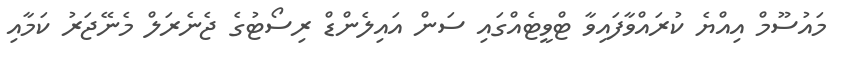
މައުސޫމް އިއްޔެ ކުރައްވާފައިވާ ޓްވީޓެއްގައި ސަން އައިލެންޑް ރިސޯޓުގެ ޖެނެރަލް މެނޭޖަރު ކަމާއި